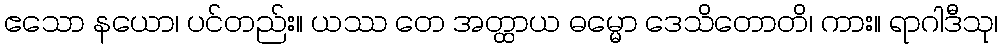
ဧသော နယော၊ ပင်တည်း။ ယဿ တေ အတ္ထာယ ဓမ္မော ဒေသိတောတိ၊ ကား။ ရာဂါဒီသု၊